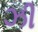
ઝી